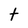
Character: t